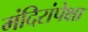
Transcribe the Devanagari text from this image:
मंदिरांपेक्षा